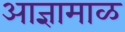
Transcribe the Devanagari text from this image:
आज्ञामाळ